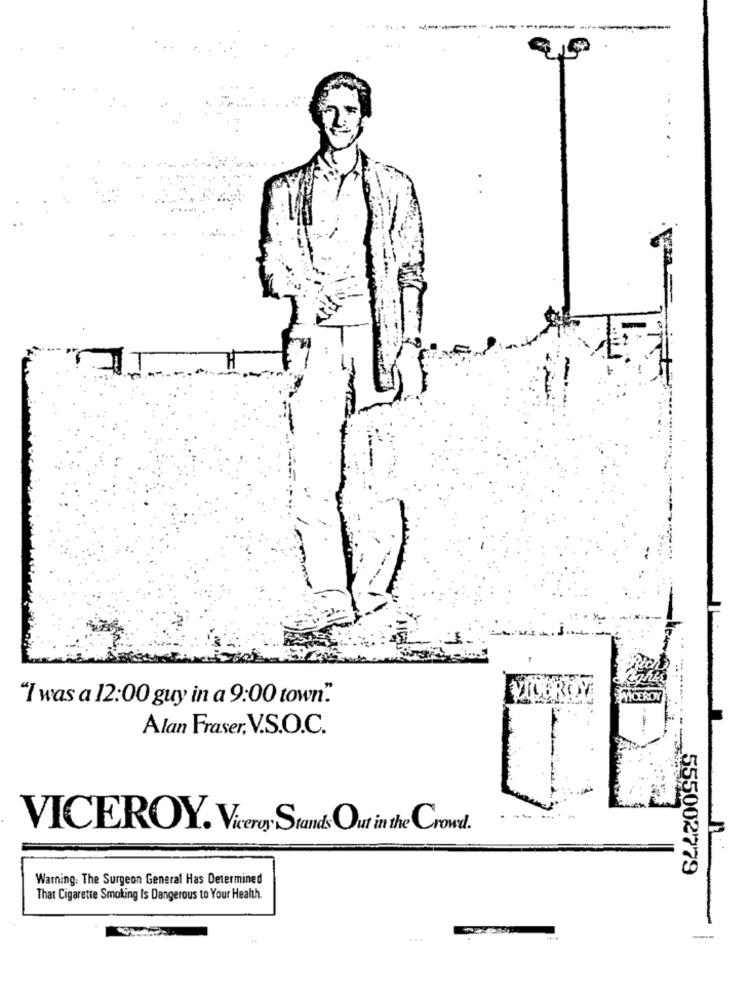
---------------
"I was a 12:00 guy in a 9:00 town".
VICEROY
Alan Fraser, V.S.O.C.
VICEROY. Viceroy Stands Out in the Crowd.
555002779
Warning: The Surgeon General Has Determined
That Cigarette Smoking Is Dangerous to Your Health.
...
-